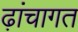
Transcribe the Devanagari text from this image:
ढ़ांचागत